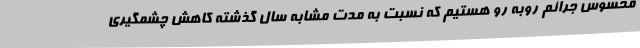
محسوس جرائم روبه رو هستیم که نسبت به مدت مشابه سال گذشته کاهش چشمگیری